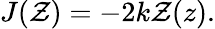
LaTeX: \begin{array}{r}{J(\mathcal{Z})=-2k\mathcal{Z}(z).}\end{array}